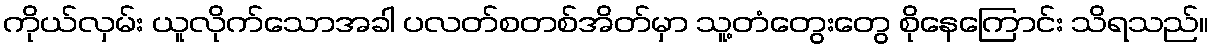
ကိုယ်လှမ်း ယူလိုက်သောအခါ ပလတ်စတစ်အိတ်မှာ သူ့တံတွေးတွေ စိုနေကြောင်း သိရသည်။